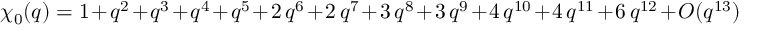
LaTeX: \chi _ { 0 } ( q ) = 1 + q ^ { 2 } + q ^ { 3 } + q ^ { 4 } + q ^ { 5 } + 2 \, q ^ { 6 } + 2 \, q ^ { 7 } + 3 \, q ^ { 8 } + 3 \, q ^ { 9 } + 4 \, q ^ { 1 0 } + 4 \, q ^ { 1 1 } + 6 \, q ^ { 1 2 } + O ( q ^ { 1 3 } )